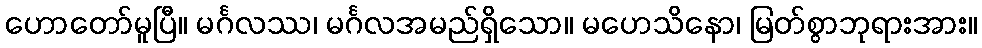
ဟောတော်မူပြီ။ မင်္ဂလဿ၊ မင်္ဂလအမည်ရှိသော။ မဟေသိနော၊ မြတ်စွာဘုရားအား။